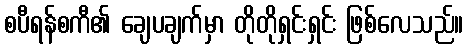
စပီရန်စကီ၏ ချေပချက်မှာ တိုတိုရှင်းရှင်း ဖြစ်လေသည်။